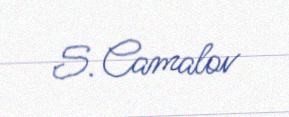
S. Camalov